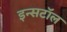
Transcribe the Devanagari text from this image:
इन्सटॉल